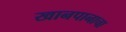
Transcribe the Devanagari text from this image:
खानपानाचा